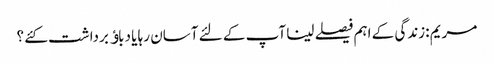
مریم :زندگی کے اہم فیصلے لینا آپ کے لئے آسان رہا یا دباﺅ برداشت کئے ؟